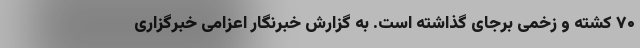
۷۰ کشته و زخمی برجای گذاشته است. به گزارش خبرنگار اعزامی خبرگزاری